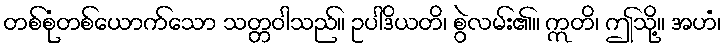
တစ်စုံတစ်ယောက်သော သတ္တဝါသည်။ ဥပါဒိယတိ၊ စွဲလမ်း၏။ ဣတိ၊ ဤသို့။ အဟံ၊